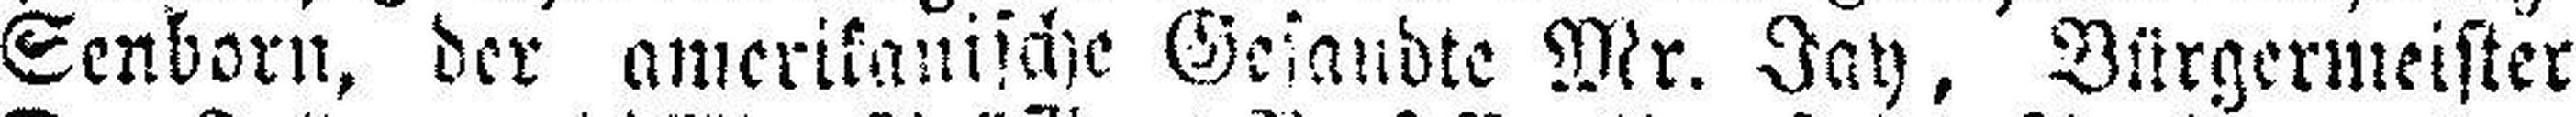
Senborn, der amerikanische Gesandte Mr. Jay, Bürgermeister